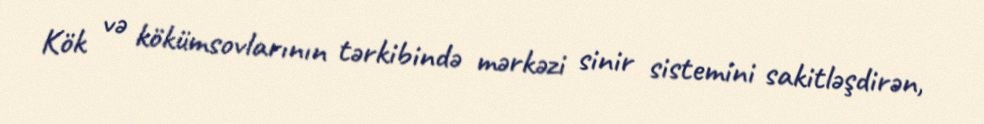
Kök və kökümsovlarının tərkibində mərkəzi sinir sistemini sakitləşdirən,